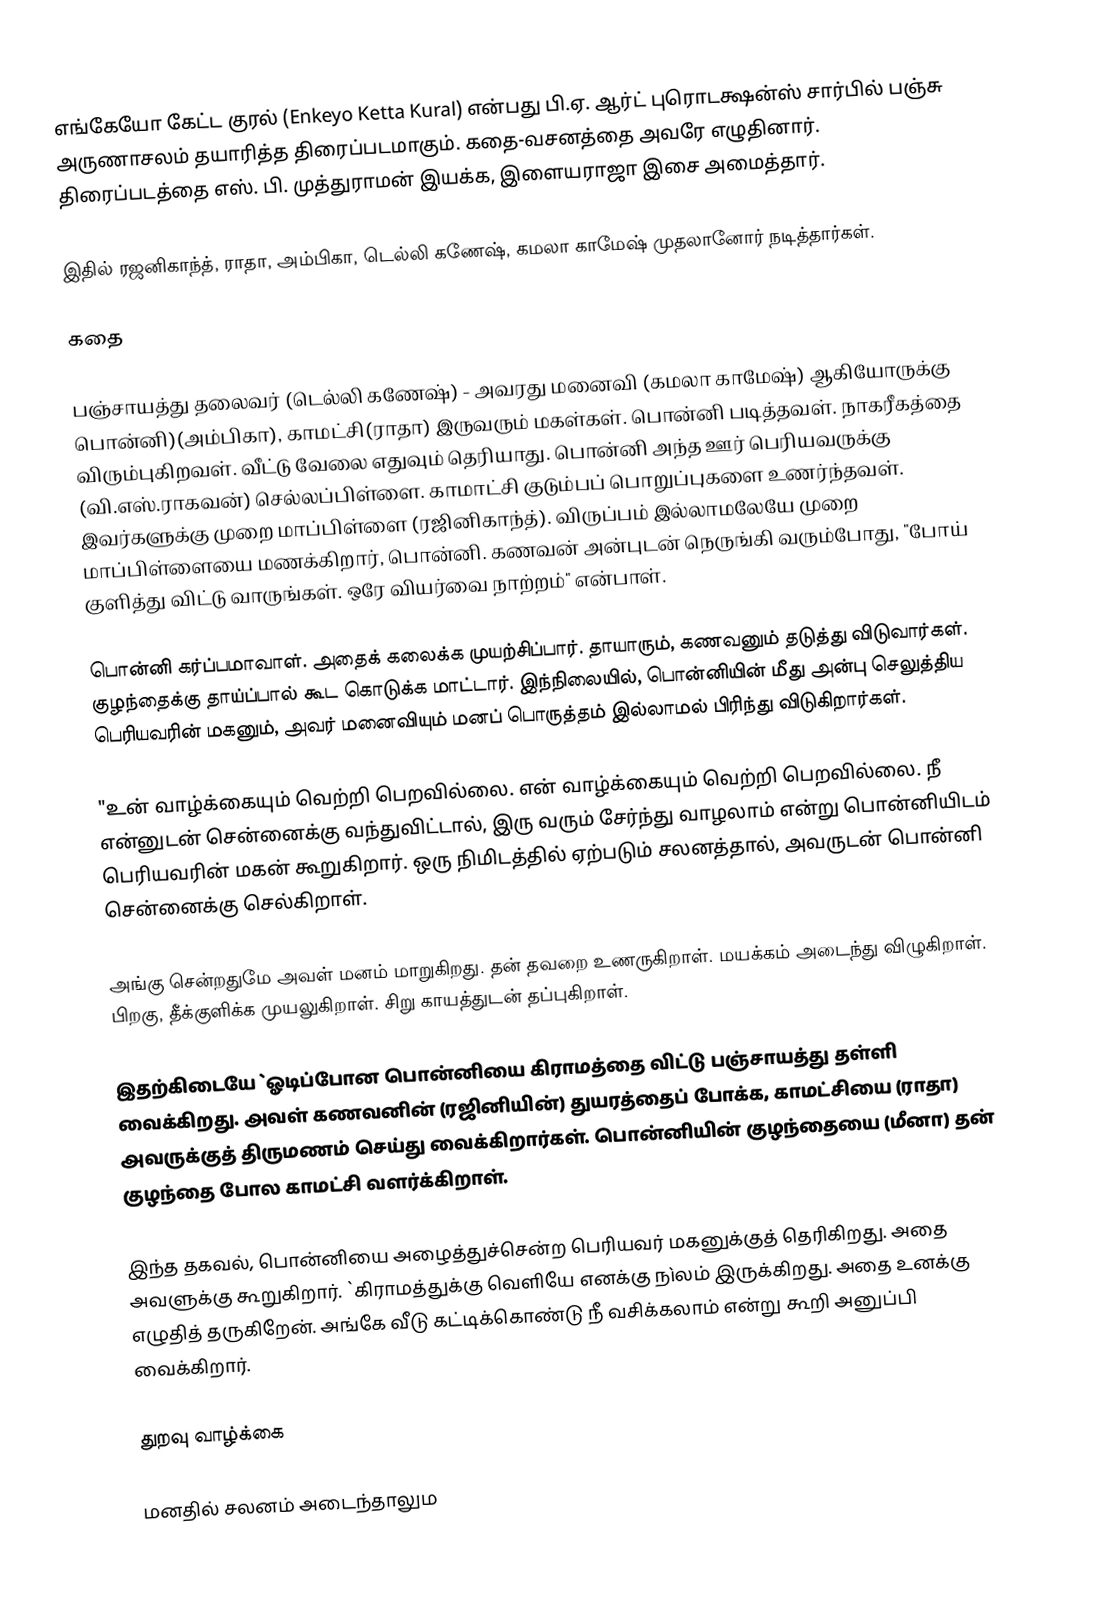
எங்கேயோ கேட்ட குரல் (Enkeyo Ketta Kural) என்பது பி.ஏ. ஆர்ட் புரொடக்ஷன்ஸ் சார்பில் பஞ்சு அருணாசலம் தயாரித்த திரைப்படமாகும். கதை-வசனத்தை அவரே எழுதினார். திரைப்படத்தை எஸ். பி. முத்துராமன் இயக்க, இளையராஜா இசை அமைத்தார்.

இதில் ரஜனிகாந்த், ராதா, அம்பிகா, டெல்லி கணேஷ், கமலா காமேஷ் முதலானோர் நடித்தார்கள்.

கதை

பஞ்சாயத்து தலைவர் (டெல்லி கணேஷ்) - அவரது மனைவி (கமலா காமேஷ்) ஆகியோருக்கு பொன்னி)(அம்பிகா), காமட்சி(ராதா)  இருவரும் மகள்கள். பொன்னி படித்தவள். நாகரீகத்தை விரும்புகிறவள். வீட்டு வேலை எதுவும் தெரியாது. பொன்னி அந்த ஊர் பெரியவருக்கு (வி.எஸ்.ராகவன்) செல்லப்பிள்ளை.  காமாட்சி குடும்பப் பொறுப்புகளை உணர்ந்தவள். இவர்களுக்கு முறை மாப்பிள்ளை (ரஜினிகாந்த்). விருப்பம் இல்லாமலேயே முறை மாப்பிள்ளையை மணக்கிறார், பொன்னி. கணவன் அன்புடன் நெருங்கி வரும்போது, "போய் குளித்து விட்டு வாருங்கள். ஒரே வியர்வை நாற்றம்" என்பாள்.

பொன்னி கர்ப்பமாவாள். அதைக் கலைக்க முயற்சிப்பார். தாயாரும், கணவனும் தடுத்து விடுவார்கள். குழந்தைக்கு தாய்ப்பால் கூட கொடுக்க மாட்டார். இந்நிலையில், பொன்னியின் மீது அன்பு செலுத்திய பெரியவரின் மகனும், அவர் மனைவியும் மனப் பொருத்தம் இல்லாமல் பிரிந்து விடுகிறார்கள்.

"உன் வாழ்க்கையும் வெற்றி பெறவில்லை. என் வாழ்க்கையும் வெற்றி பெறவில்லை. நீ என்னுடன் சென்னைக்கு வந்துவிட்டால், இரு வரும் சேர்ந்து வாழலாம் என்று பொன்னியிடம் பெரியவரின் மகன் கூறுகிறார். ஒரு நிமிடத்தில் ஏற்படும் சலனத்தால், அவருடன் பொன்னி சென்னைக்கு செல்கிறாள்.

அங்கு சென்றதுமே அவள் மனம் மாறுகிறது. தன் தவறை உணருகிறாள். மயக்கம் அடைந்து விழுகிறாள். பிறகு, தீக்குளிக்க முயலுகிறாள். சிறு காயத்துடன் தப்புகிறாள்.

இதற்கிடையே `ஓடிப்போன பொன்னியை கிராமத்தை விட்டு பஞ்சாயத்து தள்ளி வைக்கிறது. அவள் கணவனின் (ரஜினியின்) துயரத்தைப் போக்க, காமட்சியை (ராதா) அவருக்குத் திருமணம் செய்து வைக்கிறார்கள். பொன்னியின் குழந்தையை (மீனா) தன் குழந்தை போல காமட்சி வளர்க்கிறாள்.

இந்த தகவல், பொன்னியை அழைத்துச்சென்ற பெரியவர் மகனுக்குத் தெரிகிறது. அதை அவளுக்கு கூறுகிறார். `கிராமத்துக்கு வெளியே எனக்கு நìலம் இருக்கிறது. அதை உனக்கு எழுதித் தருகிறேன். அங்கே வீடு கட்டிக்கொண்டு நீ வசிக்கலாம் என்று கூறி அனுப்பி வைக்கிறார்.

துறவு வாழ்க்கை

மனதில் சலனம் அடைந்தாலும